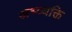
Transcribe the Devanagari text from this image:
अभ्व्यक्ति